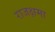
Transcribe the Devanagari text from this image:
राजक्षमा